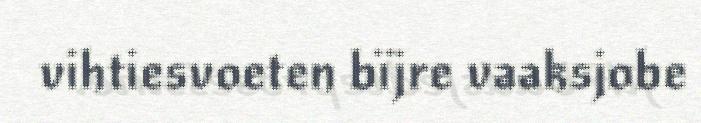
vihtiesvoeten bïjre vaaksjobe